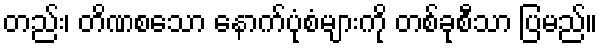
တည်း၊ တိဏစသော နောက်ပုံစံများကို တစ်ခုစီသာ ပြမည်။